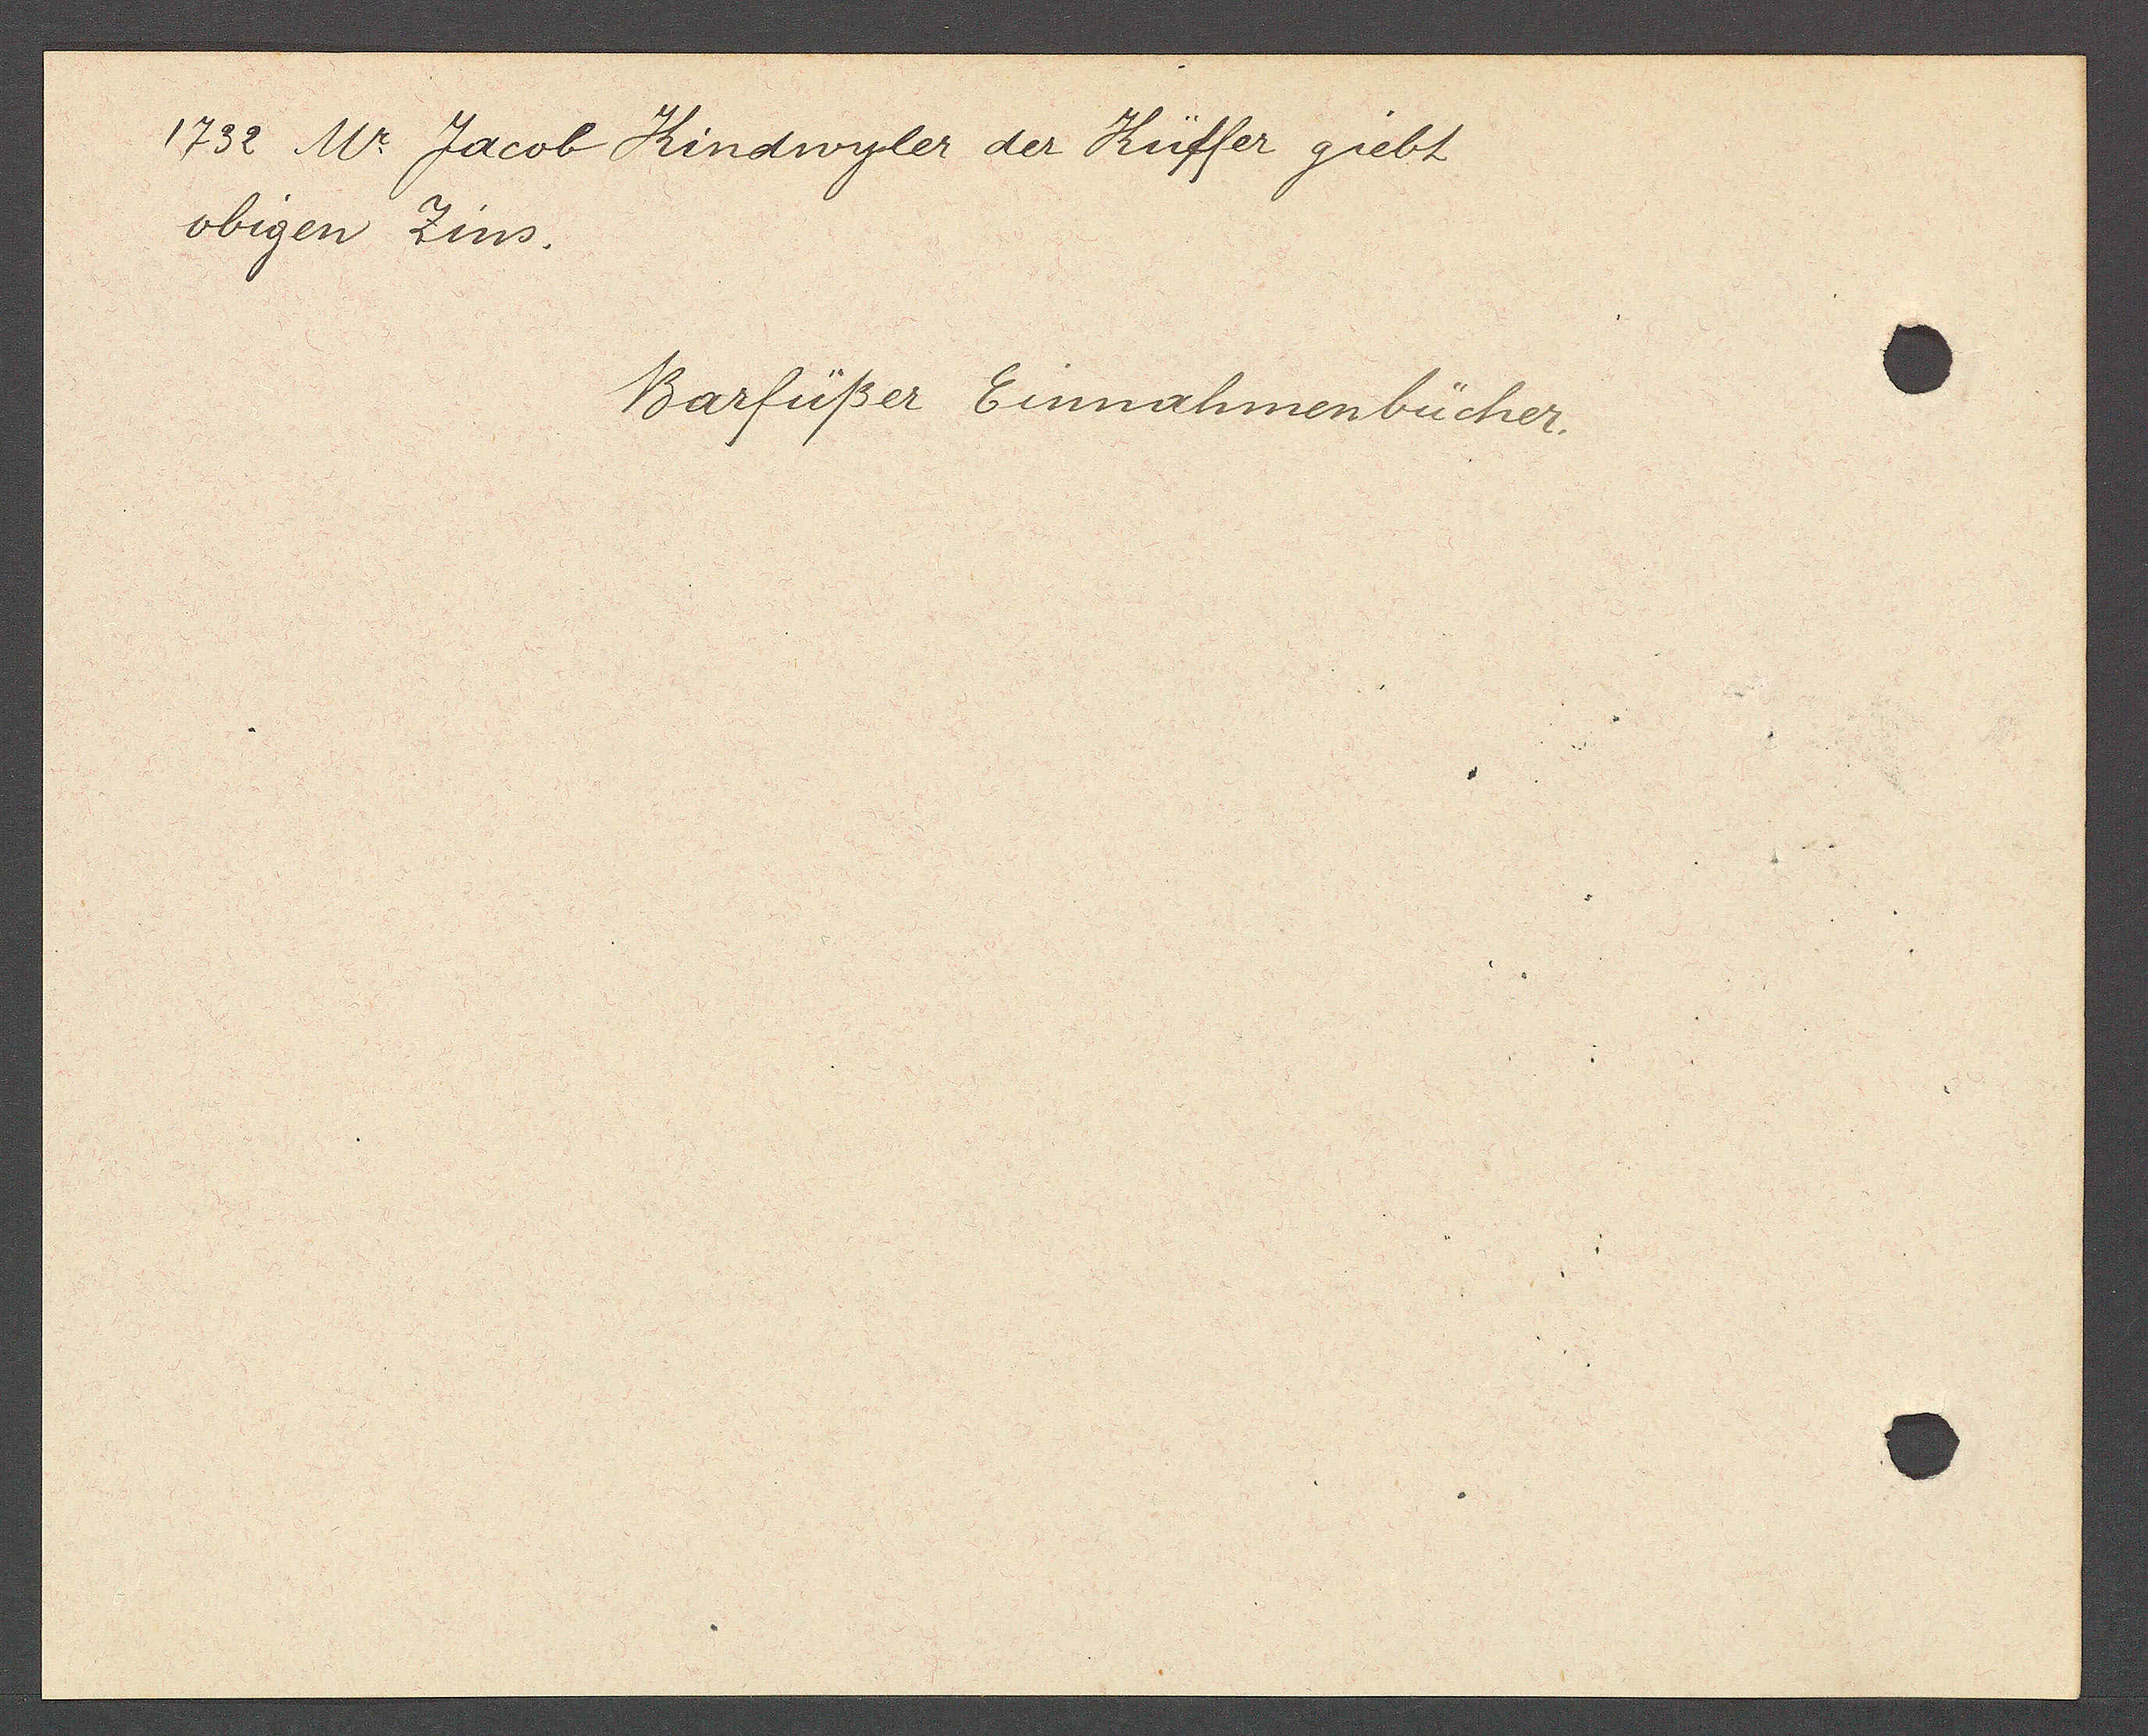
Transcript:
1732 Mr. Jacob Kindwyler der Küffer giebt
obigen Zins.

Barfüßer Einnahmenbücher.